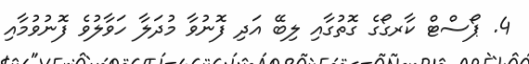
4. ޕޯސްޓް ކާރގޯގެ ގޮތުގާއި ލިބޭ އަދި ފޮނުވާ މުދަލާ ހަވާލުވެ ފޮނުވުމާއި